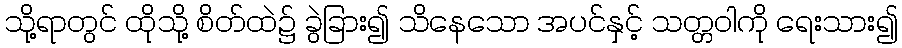
သို့ရာတွင် ထိုသို့ စိတ်ထဲ၌ ခွဲခြား၍ သိနေသော အပင်နှင့် သတ္တဝါကို ရေးသား၍